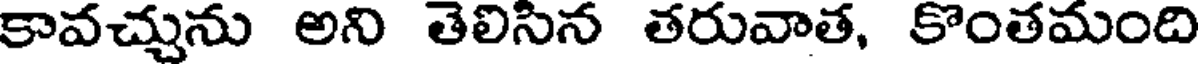
కావచ్చును అని తెలిసిన తరువాత, కొంతమంది